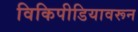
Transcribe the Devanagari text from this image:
विकिपीडियावरून